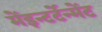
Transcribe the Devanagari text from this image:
मेंइन्टर्टेन्मेंट